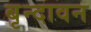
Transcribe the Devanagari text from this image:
बृन्दावन